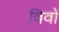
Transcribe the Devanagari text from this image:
विवों